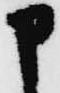
申